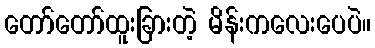
တော်တော်ထူးခြားတဲ့ မိန်းကလေးပေပဲ။